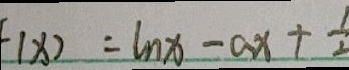
F ( x ) = \ln x - a x + \frac { 1 } { 2 }